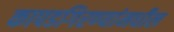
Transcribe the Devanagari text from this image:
कापडगिरण्यांमधील